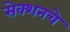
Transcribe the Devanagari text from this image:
सेक्शनचे